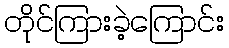
တိုင်ကြားခဲ့ကြောင်း